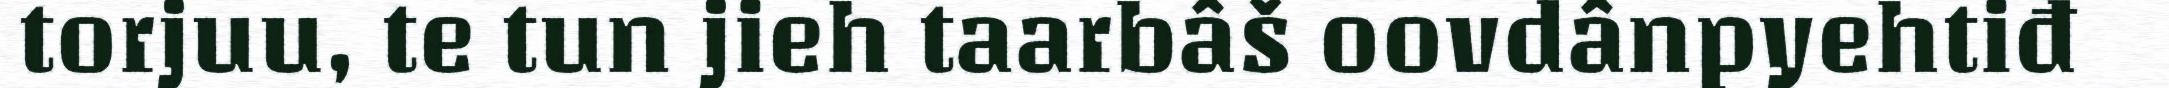
torjuu, te tun jieh taarbâš oovdânpyehtiđ